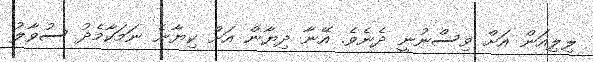
ލިލިއަން އަށް ވިސްނުނީ ދެނެވެ. އޭނާ ދިޔާން އަށް ކިޔާނެ ނަމަކާމެދު ސުވާލު